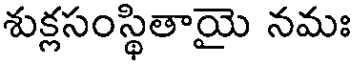
శుక్లసంస్థితాయై నమః